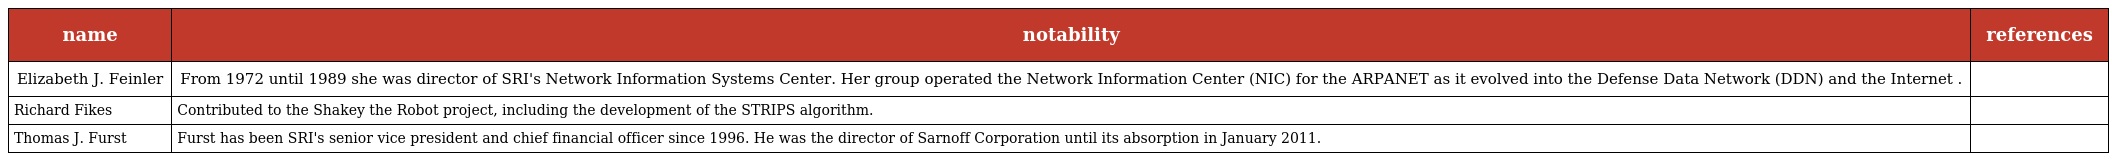
| name | notability | references |
 | --- | --- | --- |
 | Elizabeth J. Feinler | From 1972 until 1989 she was director of SRI's Network Information Systems Center. Her group operated the Network Information Center (NIC) for the ARPANET as it evolved into the Defense Data Network (DDN) and the Internet . |  |
 | Richard Fikes | Contributed to the Shakey the Robot project, including the development of the STRIPS algorithm. |  |
 | Thomas J. Furst | Furst has been SRI's senior vice president and chief financial officer since 1996. He was the director of Sarnoff Corporation until its absorption in January 2011. |  |